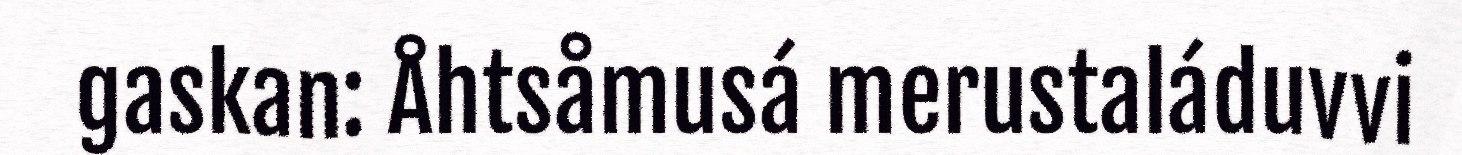
gaskan: Åhtsåmusá merustaláduvvi